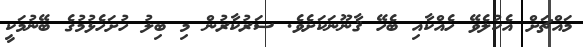
މައްޗަށް އެކުލެވޭ ހެއްކާއި ބެހޭ ޤާނޫނަކަށެވެ. ސަރުކާރުން މި ބިލު ހުށަހެޅުމުގެ ބޭނުމަކީ